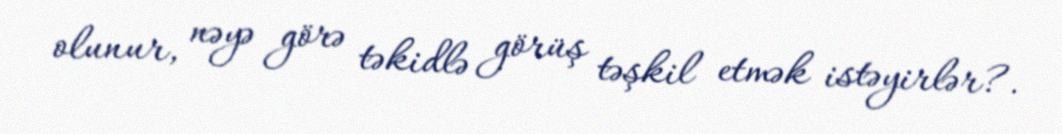
olunur, nəyə görə təkidlə görüş təşkil etmək istəyirlər?.